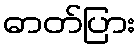
ဓာတ်ပြား